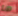
ما